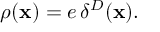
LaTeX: \rho ( { \bf x } ) = e \, \delta ^ { D } ( { \bf x } ) .